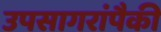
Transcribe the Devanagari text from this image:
उपसागरांपैकी